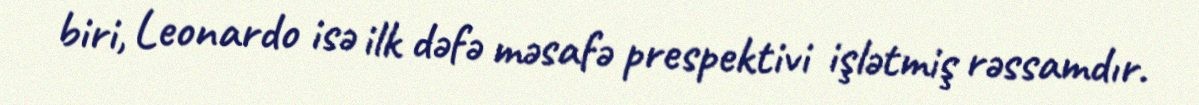
biri, Leonardo isə ilk dəfə məsafə prespektivi işlətmiş rəssamdır.